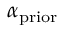
\alpha _ { \mathrm { p r i o r } }